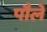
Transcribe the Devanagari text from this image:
पौलें